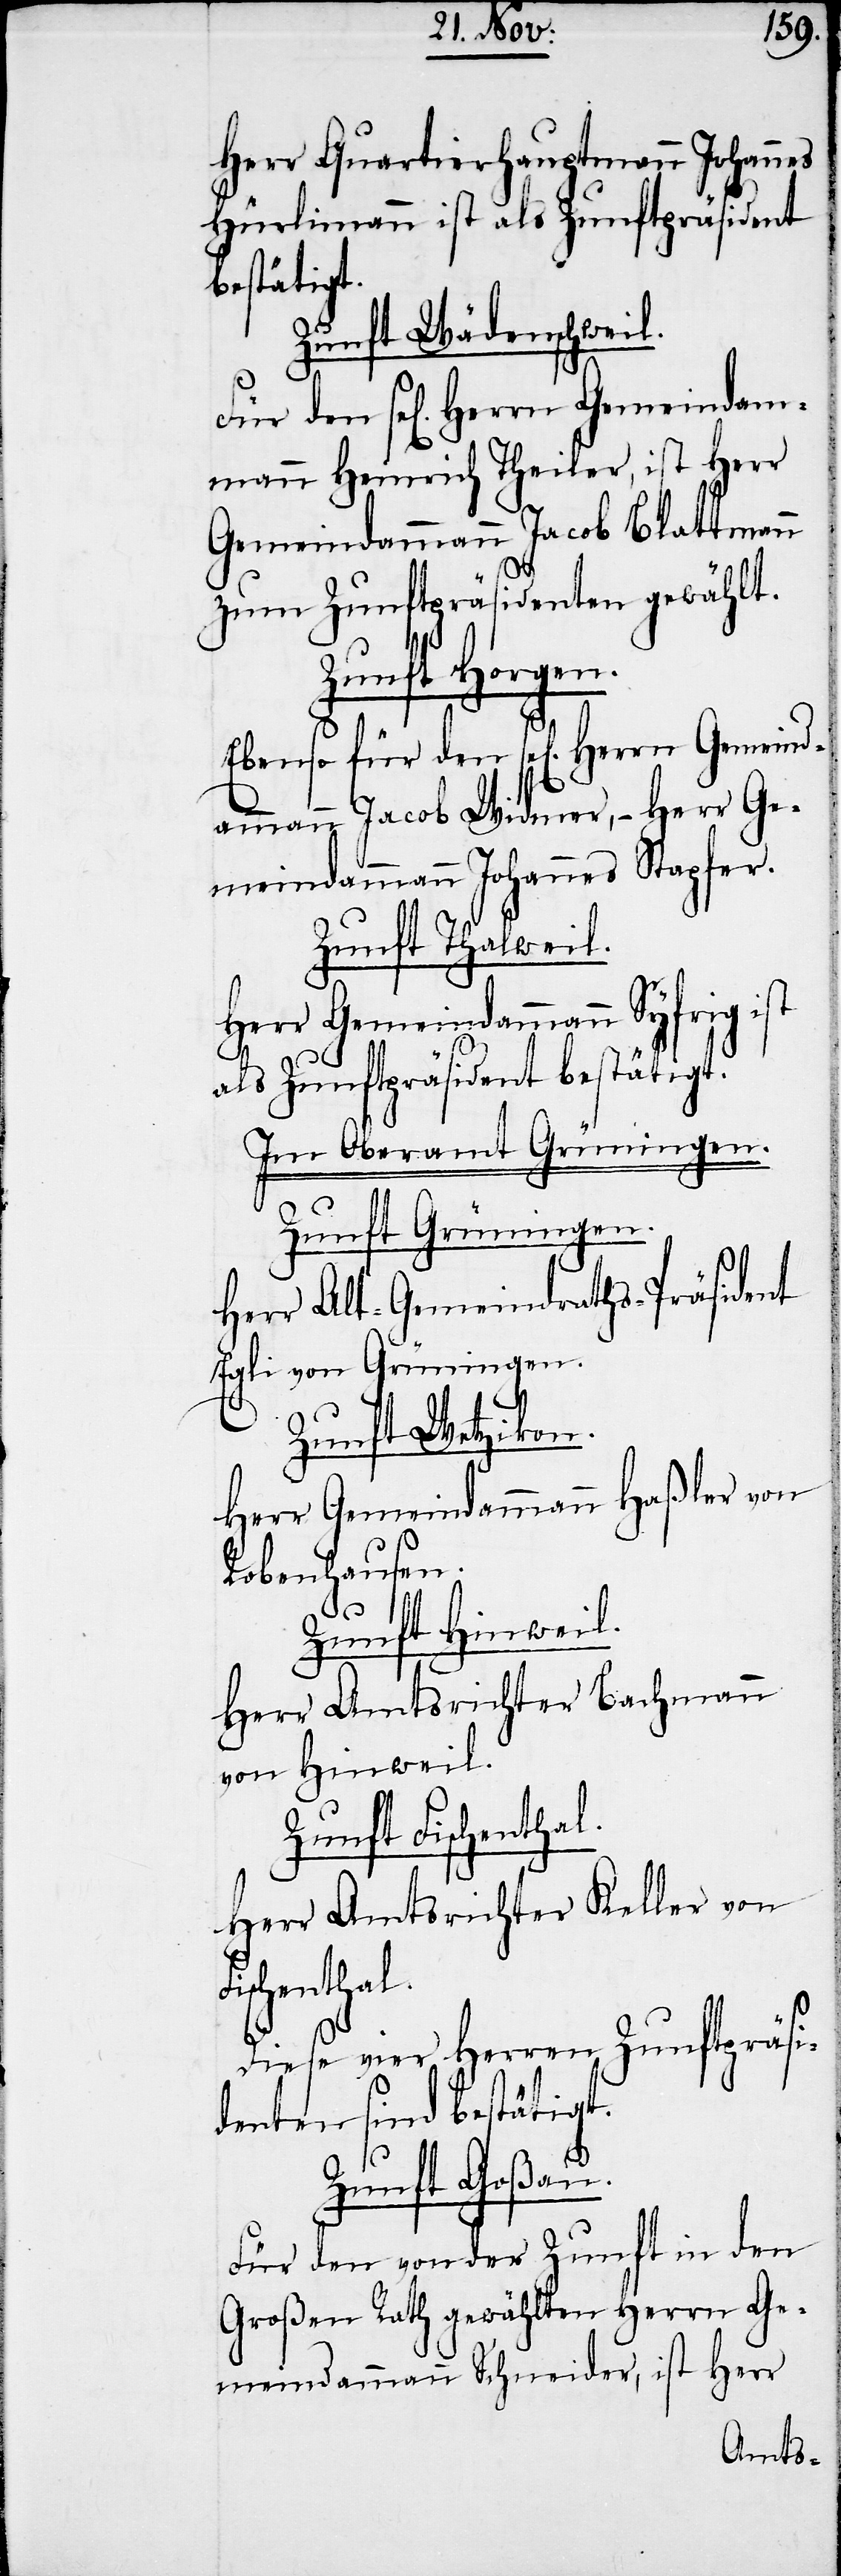
Herr Quartierhauptmann Johannes
Hürlimann ist als Zunftpräsident
Gemeind¬
Zunft Wädenschweil.
den se[ligen] Herrn Gemeindam¬
mann Heinrich Theiler, ist Herr
Gemeindammann Jacob Blattmann
zum Zunftpräsident gewählt.
Zunft Horgen.
ammann Jacob Widmer, − Herr Ge¬
meindammann Johannes Stapfer.
Zunft Thalweil.
Herr Gemeindammann Syfrig ist
als Zunftpräsident bestätigt.
Im Oberamt Grüningen.
Zunft Grüningen.
Herr Alt-Gemeindraths-Präsident
Egli von Grüningen.
Zunft Wetzikon.
Herr Gemeindammann Haßler von
Robenhausen.
den
Zunft Hinweil.
Herr Amtsrichter Bachmann
von Hinweil.
Zunft Fischenthal.
Herr Amtsrichter Keller von
Fischenthal.
Diese vier Herren Zunftpräsi¬
denten sind bestätigt.
Zunft Goßau.
Für den von der Zunft in den
Großen Rath gewählten Herrn Ge¬
meindammann Schneider, ist Herr